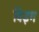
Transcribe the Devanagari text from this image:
विइग